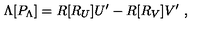
\Lambda [ P _ { \Lambda } ] = R [ R _ { U } ] U ^ { \prime } - R [ R _ { V } ] V ^ { \prime } \ ,